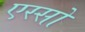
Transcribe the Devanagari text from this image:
एस्सो